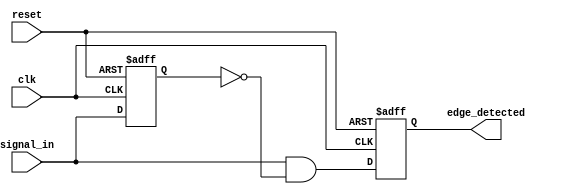
module rising_edge_detector (
    input wire clk,            // Clock signal
    input wire reset,          // Reset signal
    input wire signal_in,      // Input signal to detect rising edges
    output reg edge_detected    // Output signal indicating edge detection
);

    reg previous_signal;       // Register to store the previous state of signal_in

    always @(posedge clk or posedge reset) begin
        if (reset) begin
            // Reset the previous_signal and edge_detected outputs
            previous_signal <= 0;
            edge_detected <= 0;
        end else begin
            // Edge detection logic using XOR gate
            edge_detected <= (signal_in & ~previous_signal);

            // Update previous_signal with the current input
            previous_signal <= signal_in;
        end
    end

endmodule